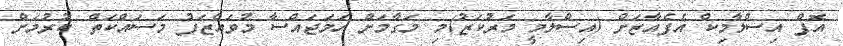
އޮފް އިސްލާމިކް އެފެއާޒަށް (އިސްލާމީ މަރުކަޒު)މި މަގާމަށް ހަމަޖައްސާ މުވައްޒަފު މަސައްކަތް ކުރުމަށް